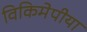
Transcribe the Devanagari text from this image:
विकिमेपीया